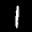
Digit: 1